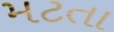
મટતા